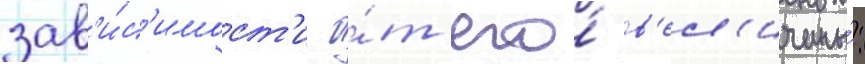
зав'и́с'имост'и о́т его́ в'ел'ичины́: